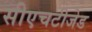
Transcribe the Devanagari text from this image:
सीएचटीजेड